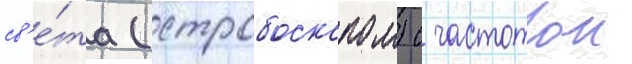
св'е́та (стробоскопом) с частотои